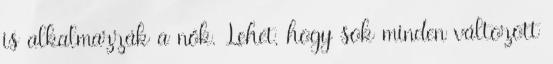
is alkalmazzák a nők. Lehet, hogy sok minden változott